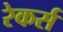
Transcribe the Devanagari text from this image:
रेकर्स